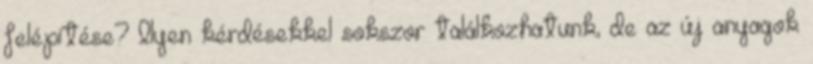
felépítése? Ilyen kérdésekkel sokszor találkozhatunk, de az új anyagok